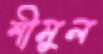
শীমুল